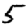
Digit: 5